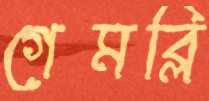
গেমব্লি